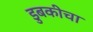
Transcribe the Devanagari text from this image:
डुबकीचा